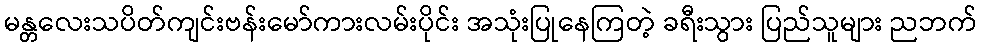
မန္တလေးသပိတ်ကျင်းဗန်းမော်ကားလမ်းပိုင်း အသုံးပြုနေကြတဲ့ ခရီးသွား ပြည်သူများ ညဘက်